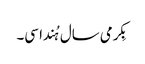
بِکرمی سال ہُندا سی۔